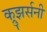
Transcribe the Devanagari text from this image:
क्रुझर्सनी